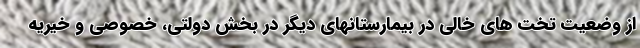
از وضعیت تخت های خالی در بیمارستانهای دیگر در بخش دولتی، خصوصی و خیریه